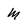
Character: M